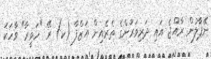
ނޭޕާލުން ރާއްޖެ އައި ދަރިވަރުންގެ ތެރެއިން އަޒްފާ (ކ) ރޭ "ހަވީރާ" ވާހަކަ